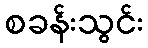
စခန်းသွင်း